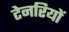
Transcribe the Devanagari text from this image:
टेनरियों